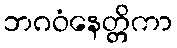
ဘဂဝံနေတ္တိကာ